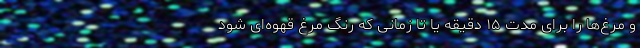
و مرغ‌ها را برای مدت ۱۵ دقیقه یا تا زمانی که رنگ مرغ قهوه‌ای شود